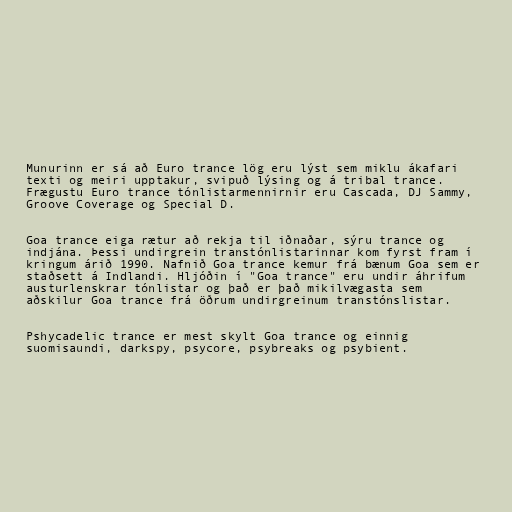
Munurinn er sá að Euro trance lög eru lýst sem miklu ákafari
texti og meiri upptakur, svipuð lýsing og á tribal trance.
Frægustu Euro trance tónlistarmennirnir eru Cascada, DJ Sammy,
Groove Coverage og Special D.

Goa trance eiga rætur að rekja til iðnaðar, sýru trance og
indjána. Þessi undirgrein transtónlistarinnar kom fyrst fram í
kringum árið 1990. Nafnið Goa trance kemur frá bænum Goa sem er
staðsett á Indlandi. Hljóðin í "Goa trance" eru undir áhrifum
austurlenskrar tónlistar og það er það mikilvægasta sem
aðskilur Goa trance frá öðrum undirgreinum transtónslistar.

Pshycadelic trance er mest skylt Goa trance og einnig
suomisaundi, darkspy, psycore, psybreaks og psybient.